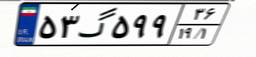
۳۲گ۴۰۲۶۸